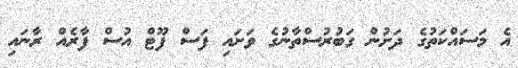
އެ މަސައްކަތުގެ ދަށުން ގަބުރުސްތާނުގެ ވަށައި ފަސް ފޫޓް އުސް ފާރެއް ރާނައި